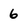
Character: 6